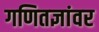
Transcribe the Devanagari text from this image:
गणितज्ञांवर